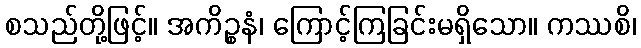
စသည်တို့ဖြင့်။ အကိဉ္စနံ၊ ကြောင့်ကြခြင်းမရှိသော။ ကဿစိ၊